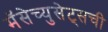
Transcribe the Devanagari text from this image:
मॅसेच्युसेट्सची